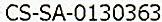
CS-SA-0130363